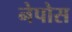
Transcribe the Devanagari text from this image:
नेपोस